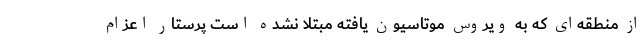
از منطقه‌ای که به ویروس موتاسیون یافته مبتلا نشده است پرستار اعزام